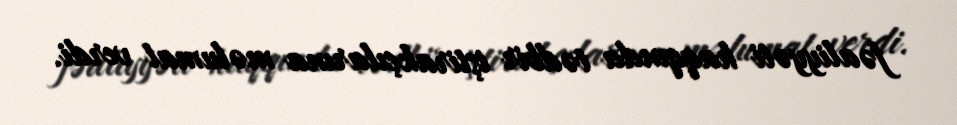
fəaliyyəti haqqında tədbir iştirakçılarına məlumat verdi.